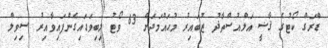
ޑްރަގް ކޯޓުގެ ޤާޟީ އަލްއުސްތާޛު ޒުބައިރު މުޙައްމަދަށް 63 ވޯޓު ލިބިވަޑައިގެންފައިވާއިރު ސިވިލް